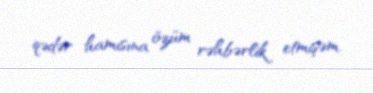
qədər hamısına özüm rəhbərlik etmişəm.